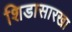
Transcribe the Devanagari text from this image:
शिडासारखा